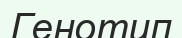
Генотип